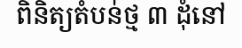
ពិនិត្យតំបន់ថ្ម ៣ ដុំនៅ